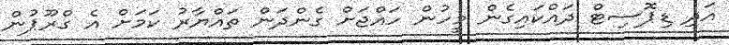
އަދި ޑިޕޮސިޓް ދައްކައިގެން މީހުން ހައްޖަށް ގެންދަން ތައްޔާރު ކަމަށް އެ ގްރޫޕުން